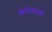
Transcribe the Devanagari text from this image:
विनियामकों